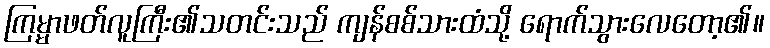
ကြမ္မာဖတ်လူကြီး၏သတင်းသည် ကျန်စစ်သားထံသို့ ရောက်သွားလေတော့၏။